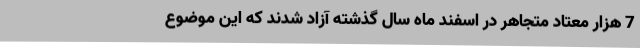
7 هزار معتاد متجاهر در اسفند ماه سال گذشته آزاد شدند که این موضوع